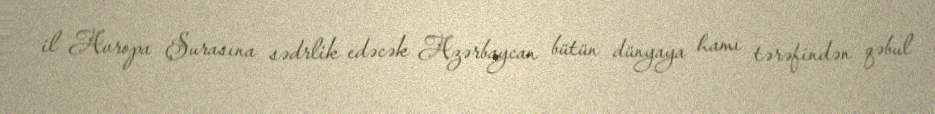
il Avropa Şurasına sədrlik edəcək Azərbaycan bütün dünyaya hamı tərəfindən qəbul